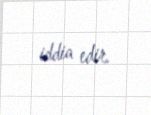
iddia edir.